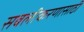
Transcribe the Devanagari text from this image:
सबलीकरणासाठी